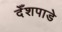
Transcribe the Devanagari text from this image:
देँशपाडे